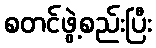
စတင်ဖွဲ့စည်းပြီး